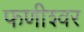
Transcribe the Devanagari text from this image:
फणीश्‍वर